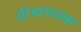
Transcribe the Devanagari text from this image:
सीआयएक्स